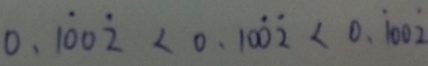
0 . 1 \dot { 0 } 0 \dot { 2 } < 0 . 1 0 \dot { 0 } \dot { 2 } < 0 . \dot { 1 } 0 0 \dot { 2 }